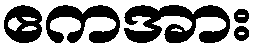
ဧကအား